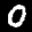
Label: 0